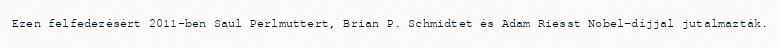
Ezen felfedezésért 2011-ben Saul Perlmuttert, Brian P. Schmidtet és Adam Riesst Nobel-díjjal jutalmazták.